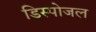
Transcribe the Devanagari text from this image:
डिस्पोजल